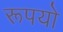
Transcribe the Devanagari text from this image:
रूपयो